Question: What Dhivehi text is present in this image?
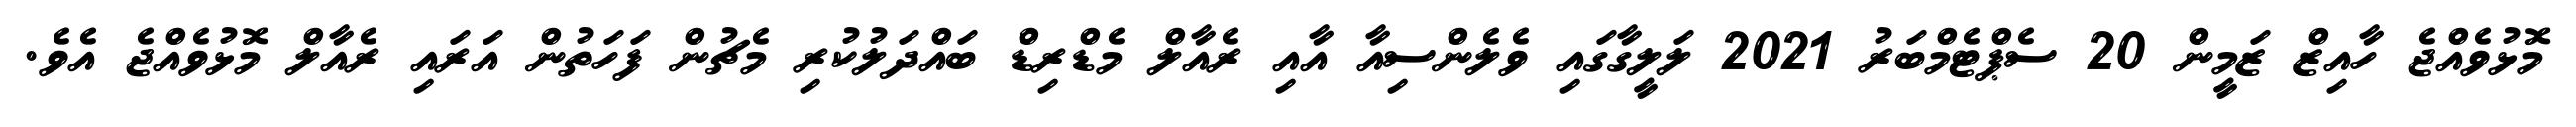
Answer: މޮޅުވެއްޖެ ހާއިޒް ޒަމީން 20 ސެޕްޓެމްބަރު 2021 ލަލީގާގައި ވެލެންސިއާ އާއި ރެއާލް މެޑްރިޑް ބައްދަލުކުރި މެޗުން ފަހަތުން އަރައި ރެއާލް މޮޅުވެއްޖެ އެވެ.